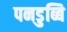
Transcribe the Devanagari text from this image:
पनडुब्बि